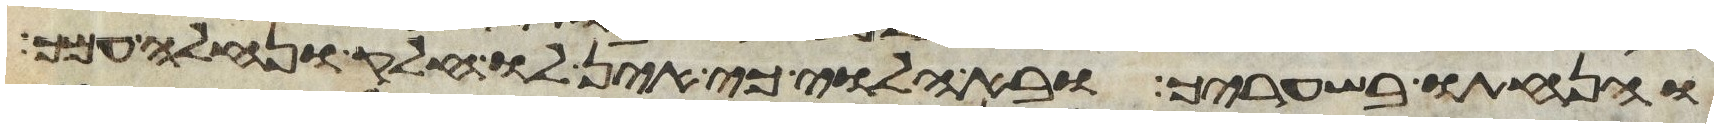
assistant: והנחתו בשעריך ובא הלוי כי אין לו חלק ונחלה עמך